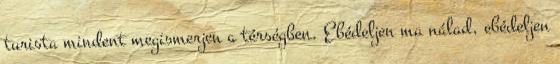
turista mindent megismerjen a térségben. Ebédeljen ma nálad, ebédeljen